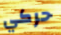
حركي